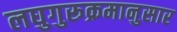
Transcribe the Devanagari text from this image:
लघुगुरूक्रमानुसार